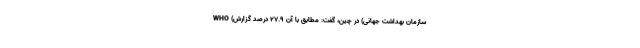
WHO (سازمان بهداشت جهانی) در چین، گفت: مطابق با آن ۲۷.۹ درصد گزارش